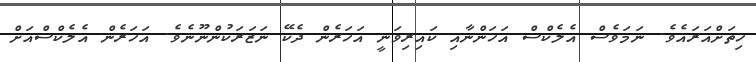
ހިތަށްއަރައެވެ. ނަމަވެސް އެލެކްސް އަހަންނާއި ކައިރިވަނީ އަހަރެން ދެކޭ ނަޒަރަކުންނޫނެވެ. އަހަރެން އެލެކްސްއަށް